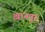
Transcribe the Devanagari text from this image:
ख़ानपुर